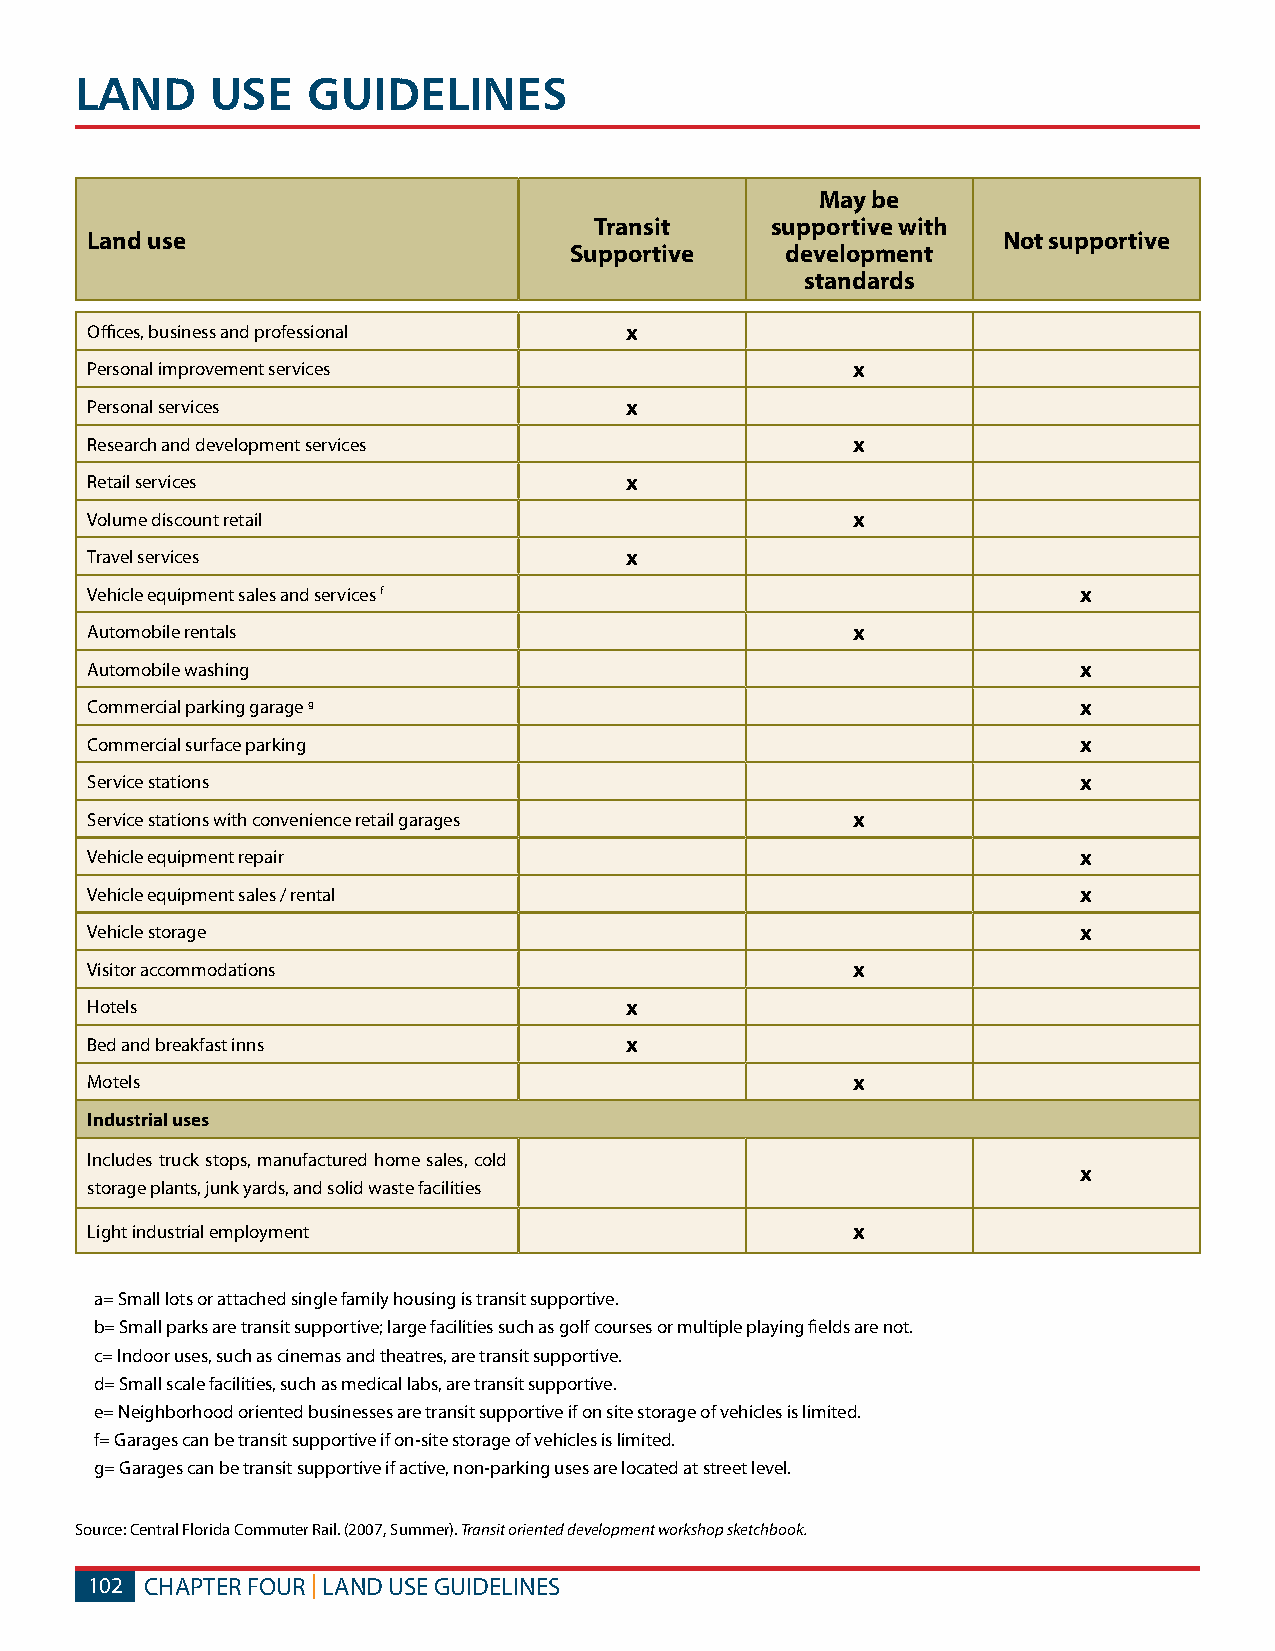
LAND     USE   GUIDELINES
 May be
 Transit     supportive with
 Land use                                                    Not supportive
 Supportive    development
 standards
 Offices, business and professional x
 Personal improvement services                     x
 Personal services                  x
 Research and development services                 x
 Retail services                    x
 Volume discount retail                            x
 Travel services                    x
 Vehicle equipment sales and services f                            x
 Automobile rentals                                x
 Automobile washing                                                x
 Commercial parking garage g                                       x
 Commercial surface parking                                        x
 Service stations                                                  x
 Service stations with convenience retail garages  x
 Vehicle equipment repair                                          x
 Vehicle equipment sales / rental                                  x
 Vehicle storage                                                   x
 Visitor accommodations                            x
 Hotels                             x
 Bed and breakfast inns             x
 Motels                                            x
 Industrial uses
 Includes truck stops, manufactured home sales, cold
 x
 storage plants, junk yards, and solid waste facilities
 Light industrial employment                       x
 a= Small lots or attached single family housing is transit supportive.
 b= Small parks are transit supportive; large facilities such as golf courses or multiple playing fields are not.
 c= Indoor uses, such as cinemas and theatres, are transit supportive.
 d= Small scale facilities, such as medical labs, are transit supportive.
 e= Neighborhood oriented businesses are transit supportive if on site storage of vehicles is limited.
 f= Garages can be transit supportive if on-site storage of vehicles is limited.
 g= Garages can be transit supportive if active, non-parking uses are located at street level.
 Source: Central Florida Commuter Rail. (2007, Summer). Transit oriented development workshop sketchbook.
 102 CHAPTER FOUR | LAND USE GUIDELINES